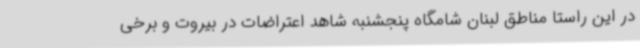
در این راستا مناطق لبنان شامگاه پنجشنبه شاهد اعتراضات در بیروت و برخی